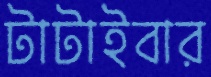
টাটাইবার